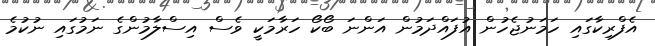
އެފްރިކާގައި ހަމަނުޖެހުން އުފައްދަމުން އަންނަ ބޯކޯ ހަރާމަކީ ވެސް އިސްލާމުންގެ ނަމުގައި ނުކުމެ